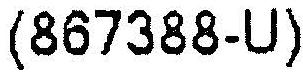
(867388-U)